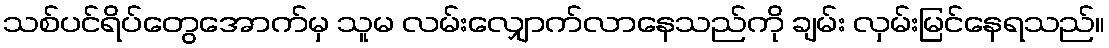
သစ်ပင်ရိပ်တွေအောက်မှ သူမ လမ်းလျှောက်လာနေသည်ကို ချမ်း လှမ်းမြင်နေရသည်။